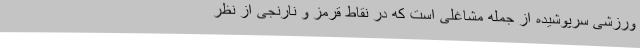
ورزشی سرپوشیده از جمله مشاغلی است که در نقاط قرمز و نارنجی از نظر